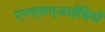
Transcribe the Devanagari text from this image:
एनएसएआईडियों